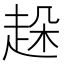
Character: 趓